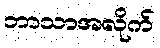
ဘာသာအလိုက်